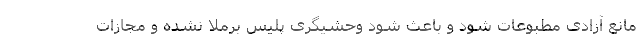
مانع آزادی مطبوعات شود و باعث شود وحشیگری پلیس برملا نشده و مجازات